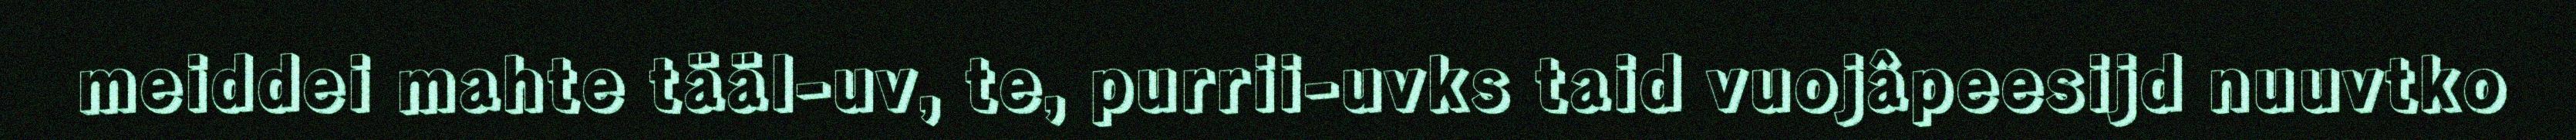
meiddei mahte tääl-uv, te, purrii-uvks taid vuojâpeesijd nuuvtko